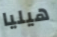
هيليا